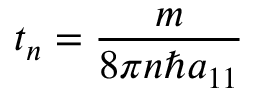
t _ { n } = \frac { m } { 8 \pi n \hbar a _ { 1 1 } }